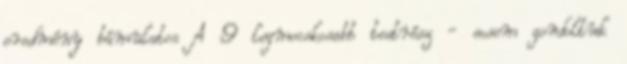
eredmény bámulatos A 9 legmocskosabb testrész - sosem gondoltuk